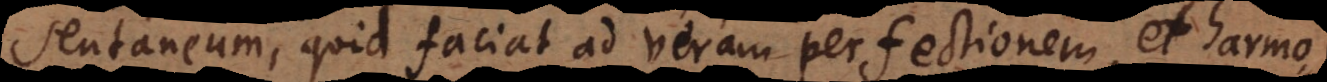
ntaneum, quid faciat ad veram perfectionem et harmo